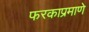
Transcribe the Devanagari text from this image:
फरकाप्रमाणे